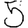
Digit: 5